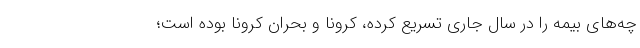
چه‌های بیمه را در سال جاری تسریع کرده، کرونا و بحران کرونا بوده است؛